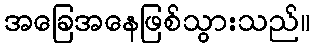
အခြေအနေဖြစ်သွားသည်။